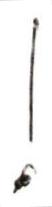
!